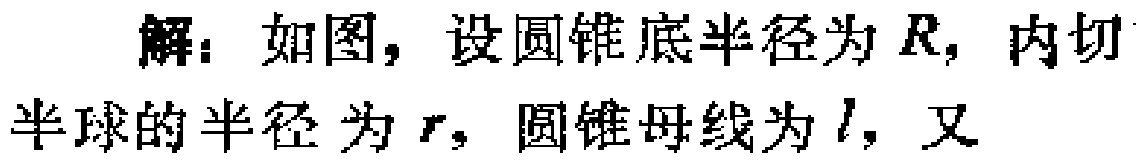
解：如图，设圆锥底半径为\(R\)，内切半球的半径为\(r\)，圆锥母线为\(l\)，又